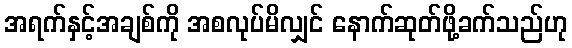
အရက်နှင့်အချစ်ကို အစလုပ်မိလျှင် နောက်ဆုတ်ဖို့ခက်သည်ဟု